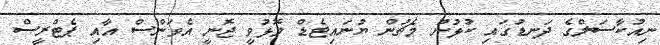
ނިއުކާސަލްގެ ދަނޑުގައި ކުޅުނު މެޗުން ޔުނައިޓެޑް މޮޅުވީ ޖޮނީ އެވަންސް އާއި ޕެޓްރީސް